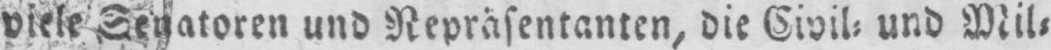
viele Senatoren und Repräsentanten, die Civil⸗ und Mil⸗